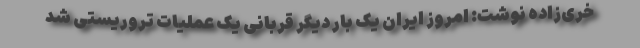
خری‌زاده نوشت: امروز ایران یک بار دیگر قربانی یک عملیات تروریستی شد